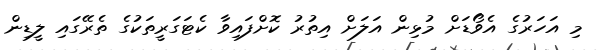
މި އަހަރުގެ އެވޯޑަށް މުޅިން އަލަށް އިތުރު ކޮށްފައިވާ ކެޓަގަރީތަކުގެ ތެރޭގައި ލީޑިން